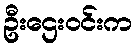
ဦးဌေးဝင်းက